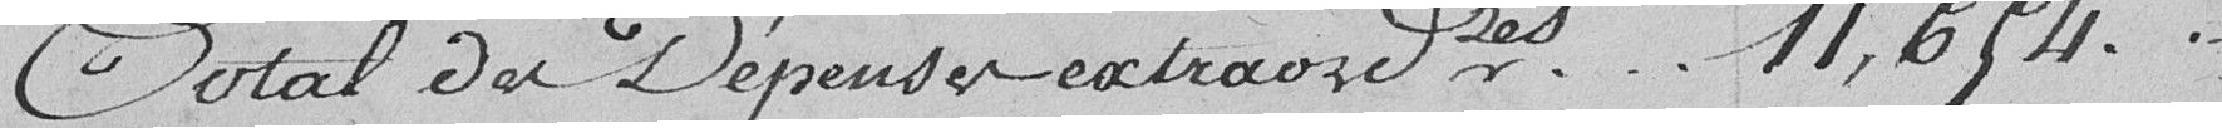
Total des dépenses extraordinaires .... 11,654